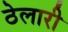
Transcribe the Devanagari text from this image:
ठेलारी